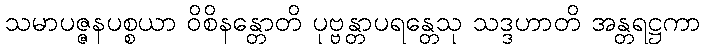
သမာပဇ္ဇနပစ္စယာ ဝိစိနန္တောတိ ပုဗ္ဗန္တာပရန္တေသု သဒ္ဒဟာတိ အန္တရဋ္ဌကာ